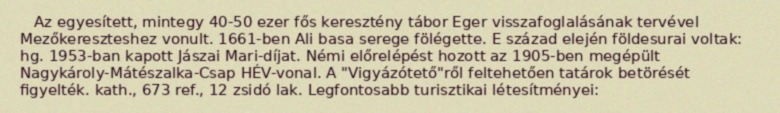
Az egyesített, mintegy 40-50 ezer fős keresztény tábor Eger visszafoglalásának tervével Mezőkereszteshez vonult. 1661-ben Ali basa serege fölégette. E század elején földesurai voltak: hg. 1953-ban kapott Jászai Mari-díjat. Némi előrelépést hozott az 1905-ben megépült Nagykároly-Mátészalka-Csap HÉV-vonal. A "Vigyázótető"ről feltehetően tatárok betörését figyelték. kath., 673 ref., 12 zsidó lak. Legfontosabb turisztikai létesítményei: